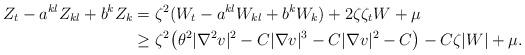
LaTeX: \begin{align*}\begin{aligned}Z_t - a^{kl} Z_{kl} + b^k Z_k &= \zeta^2 (W_t - a^{kl} W_{kl} + b^k W_k) + 2 \zeta \zeta_t W + \mu \\& \geq \zeta^2 \big(\theta^2 |\nabla^2 v|^2 - C|\nabla v|^3 - C |\nabla v|^2 - C\big) - C \zeta |W| + \mu.\end{aligned}\end{align*}